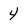
Character: 4